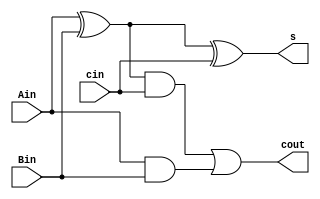
//1 bit full adder cell
module fulladder1(Ain, Bin, cin, s, cout);
	input Ain, Bin, cin;
	output s, cout;
	wire w1, w2, w3;
	
	xor x1(w1,Ain,Bin);
	xor x2(s,w1,cin);
	and a1(w2,w1,cin);
	and a2(w3,Ain,Bin);
	or o1(cout, w2,w3);

endmodule